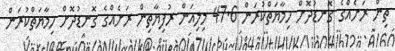
ތިން ރަށެއްގެ ގޮނޑުދޮށް ހިމާޔަތްކުރަން 47.6 މިލިއަން ރުފިޔާާތިން ރަށެއްގެ ގޮނޑުދޮށް ހިމާޔަތްކުރަން